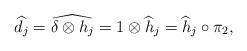
LaTeX: \begin{align*}\widehat{d}_j= \widehat{\delta \otimes h_j} = 1 \otimes \widehat{h}_j = \widehat{h}_j \circ\pi_2,\end{align*}